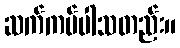
ဆက်ကပ်ပါသတည်း။